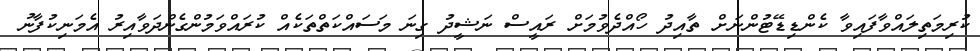
ކުރިމަތިލައްވާފައިވާ ކެންޑިޑޭޓުންނަށް ތާއިދު ހޯއްދެވުމަށް ރައީސް ނަޝީދު ގިނަ މަސައްކަތްތަކެއް ކުރައްވަމުންގެންދަވާއިރު އެމަނިކުފާނު